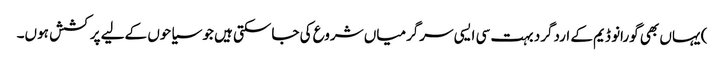
) یہاں بھی گورانو ڈیم کے اردگرد بہت سی ایسی سرگرمیاں شروع کی جاسکتی ہیں جو سیاحوں کےلیے پرکشش ہوں۔